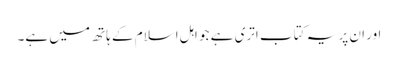
اور ان پر یہ کتاب اتری ہے جو اہل اسلام کے ہاتھ میں ہے۔